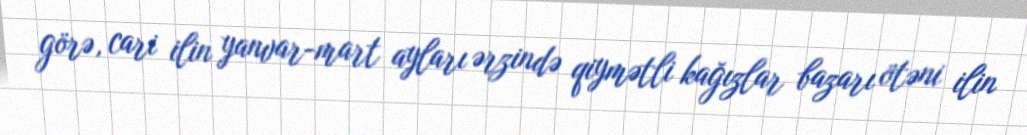
görə, cari ilin yanvar-mart ayları ərzində qiymətli kağızlar bazarı ötəni ilin